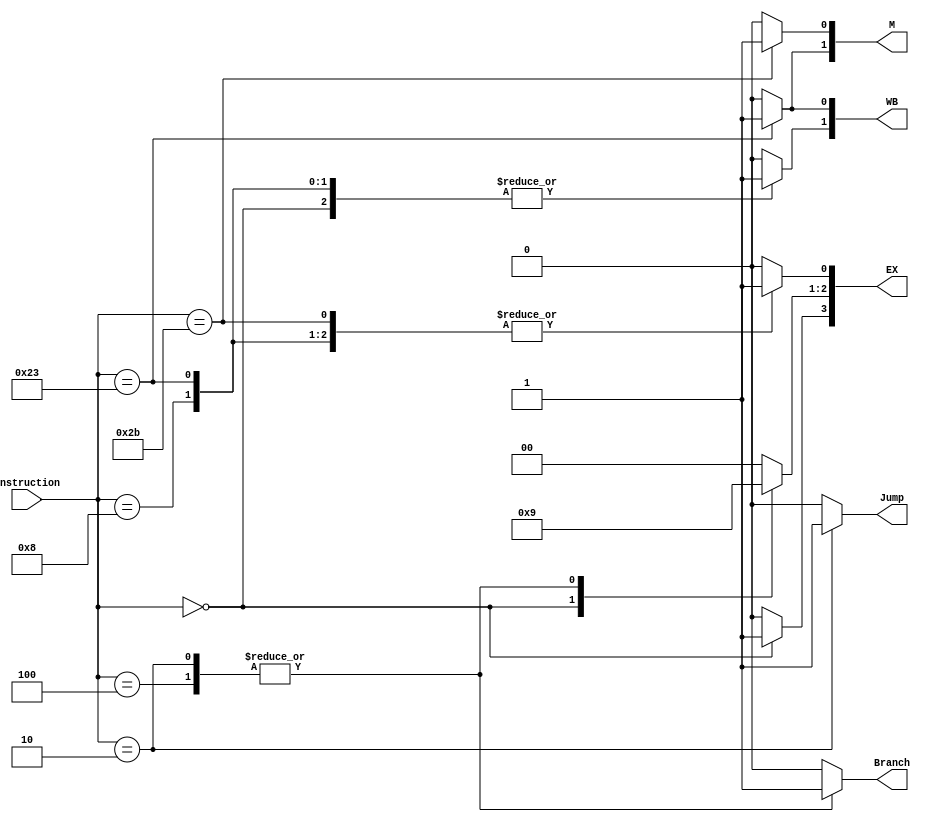
module Control(WB, M, EX, Jump, Branch, Instruction);

output [1:0] WB, M;
output [3:0] EX;
output reg Jump, Branch;
input [5:0] Instruction;

reg RegDest, MemRead, MemToReg, MemWrite, ALUSrc, RegWrite;
reg [1:0] ALUOp;

always@(*) begin
  case(Instruction)
    6'h0: begin //Rtype
      RegWrite = 1'b1;
      MemToReg = 1'b0;
      Branch = 1'b0;
      MemRead = 1'b0;
      MemWrite = 1'b0;
      RegDest = 1'b1;
      ALUOp = 2'b10;
      ALUSrc = 1'b0;
      Jump = 1'b0;
    end
    6'h8: begin //Rtype
      RegWrite = 1'b1;
      MemToReg = 1'b0;
      Branch = 1'b0;
      MemRead = 1'b0;
      MemWrite = 1'b0;
      RegDest = 1'b0;
      ALUOp = 2'b00;
      ALUSrc = 1'b1;
      Jump = 1'b0;
    end
    6'h23: begin //lw
      RegWrite = 1'b1;
      MemToReg = 1'b1;
      Branch = 1'b0;
      MemRead = 1'b1;
      MemWrite = 1'b0;
      RegDest = 1'b0;
      ALUOp = 2'b00;
      ALUSrc = 1'b1;
      Jump = 1'b0;
    end
    6'h2b: begin //sw
      RegWrite = 1'b0;
      MemToReg = 1'b0;
      Branch = 1'b0;
      MemRead = 1'b0;
      MemWrite = 1'b1;
      RegDest = 1'b0;
      ALUOp = 2'b00;
      ALUSrc = 1'b1;
      Jump = 1'b0;
    end
    6'h04: begin //beq
      RegWrite = 1'b0;
      MemToReg = 1'b0;
      Branch = 1'b1;
      MemRead = 1'b0;
      MemWrite = 1'b0;
      RegDest = 1'b0;
      ALUOp = 2'b01;
      ALUSrc = 1'b0;
      Jump = 1'b0;
    end
    6'h02: begin //jump may be broken... maybe
      RegWrite = 1'b0;
      MemToReg = 1'b0;
      Branch = 1'b1;
      MemRead = 1'b0;
      MemWrite = 1'b0;
      RegDest = 1'b0;
      ALUOp = 2'b01;
      ALUSrc = 1'b0;
      Jump = 1'b1;
    end
    default: begin
      {RegWrite, MemToReg, Branch, MemRead,
       MemWrite, RegDest, ALUOp, ALUSrc, Jump} = 0;
    end
  endcase
end


assign WB = {RegWrite, MemToReg};
assign M = {MemRead, MemWrite};
assign EX = {RegDest, ALUOp, ALUSrc};

endmodule